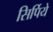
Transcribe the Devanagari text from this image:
सिर्पिये